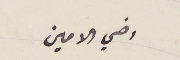
اخي الامين